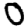
Digit: 0